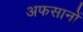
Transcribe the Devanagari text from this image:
अफसानों